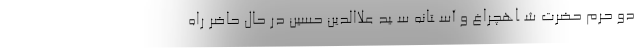
دو حرم حضرت شــاهچراغ و آســتانه ســید علاالدین حسین در حال حاضر راه